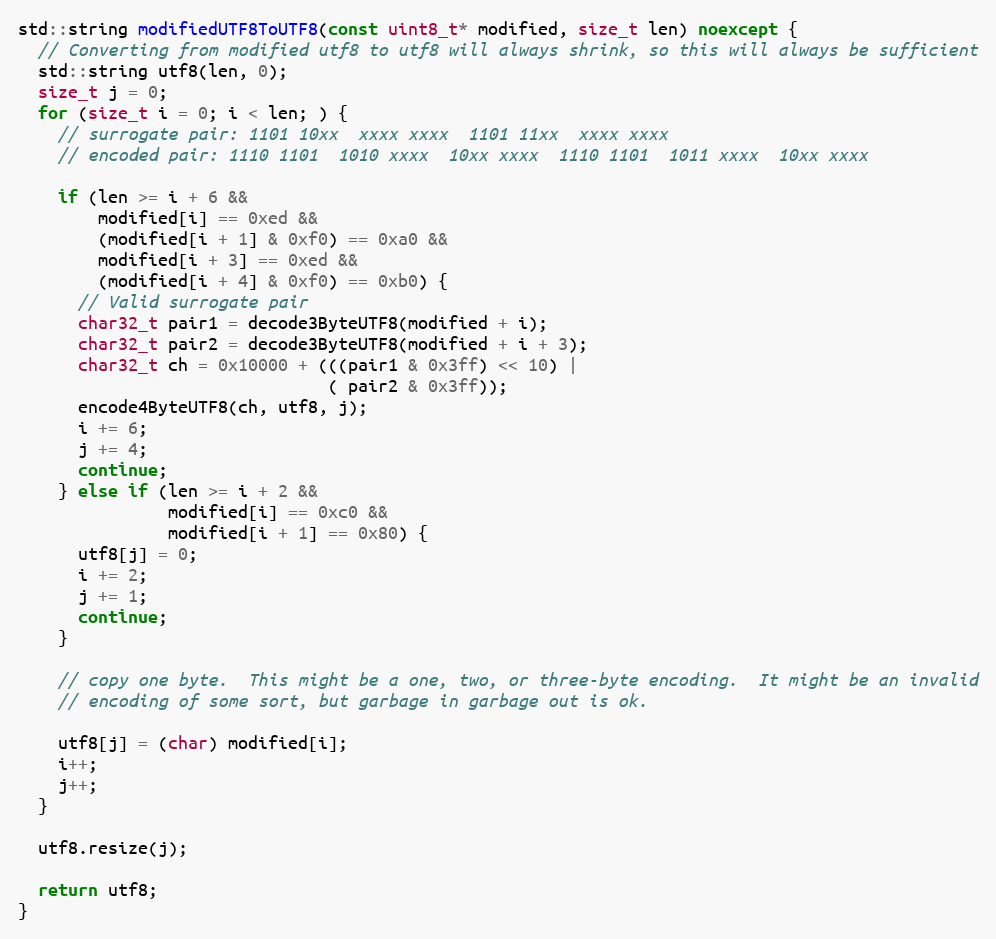
Language: C++
std::string modifiedUTF8ToUTF8(const uint8_t* modified, size_t len) noexcept {
  // Converting from modified utf8 to utf8 will always shrink, so this will always be sufficient
  std::string utf8(len, 0);
  size_t j = 0;
  for (size_t i = 0; i < len; ) {
    // surrogate pair: 1101 10xx  xxxx xxxx  1101 11xx  xxxx xxxx
    // encoded pair: 1110 1101  1010 xxxx  10xx xxxx  1110 1101  1011 xxxx  10xx xxxx

    if (len >= i + 6 &&
        modified[i] == 0xed &&
        (modified[i + 1] & 0xf0) == 0xa0 &&
        modified[i + 3] == 0xed &&
        (modified[i + 4] & 0xf0) == 0xb0) {
      // Valid surrogate pair
      char32_t pair1 = decode3ByteUTF8(modified + i);
      char32_t pair2 = decode3ByteUTF8(modified + i + 3);
      char32_t ch = 0x10000 + (((pair1 & 0x3ff) << 10) |
                               ( pair2 & 0x3ff));
      encode4ByteUTF8(ch, utf8, j);
      i += 6;
      j += 4;
      continue;
    } else if (len >= i + 2 &&
               modified[i] == 0xc0 &&
               modified[i + 1] == 0x80) {
      utf8[j] = 0;
      i += 2;
      j += 1;
      continue;
    }

    // copy one byte.  This might be a one, two, or three-byte encoding.  It might be an invalid
    // encoding of some sort, but garbage in garbage out is ok.

    utf8[j] = (char) modified[i];
    i++;
    j++;
  }

  utf8.resize(j);

  return utf8;
}